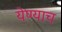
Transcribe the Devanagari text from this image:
येण्याच